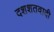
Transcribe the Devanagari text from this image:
दशशतवादी